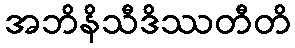
အဘိနိသီဒိဿတီတိ